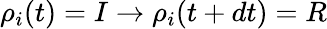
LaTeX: \rho_{i}(t)=I\to\rho_{i}(t+dt)=R